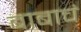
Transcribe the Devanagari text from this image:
बाबाचं